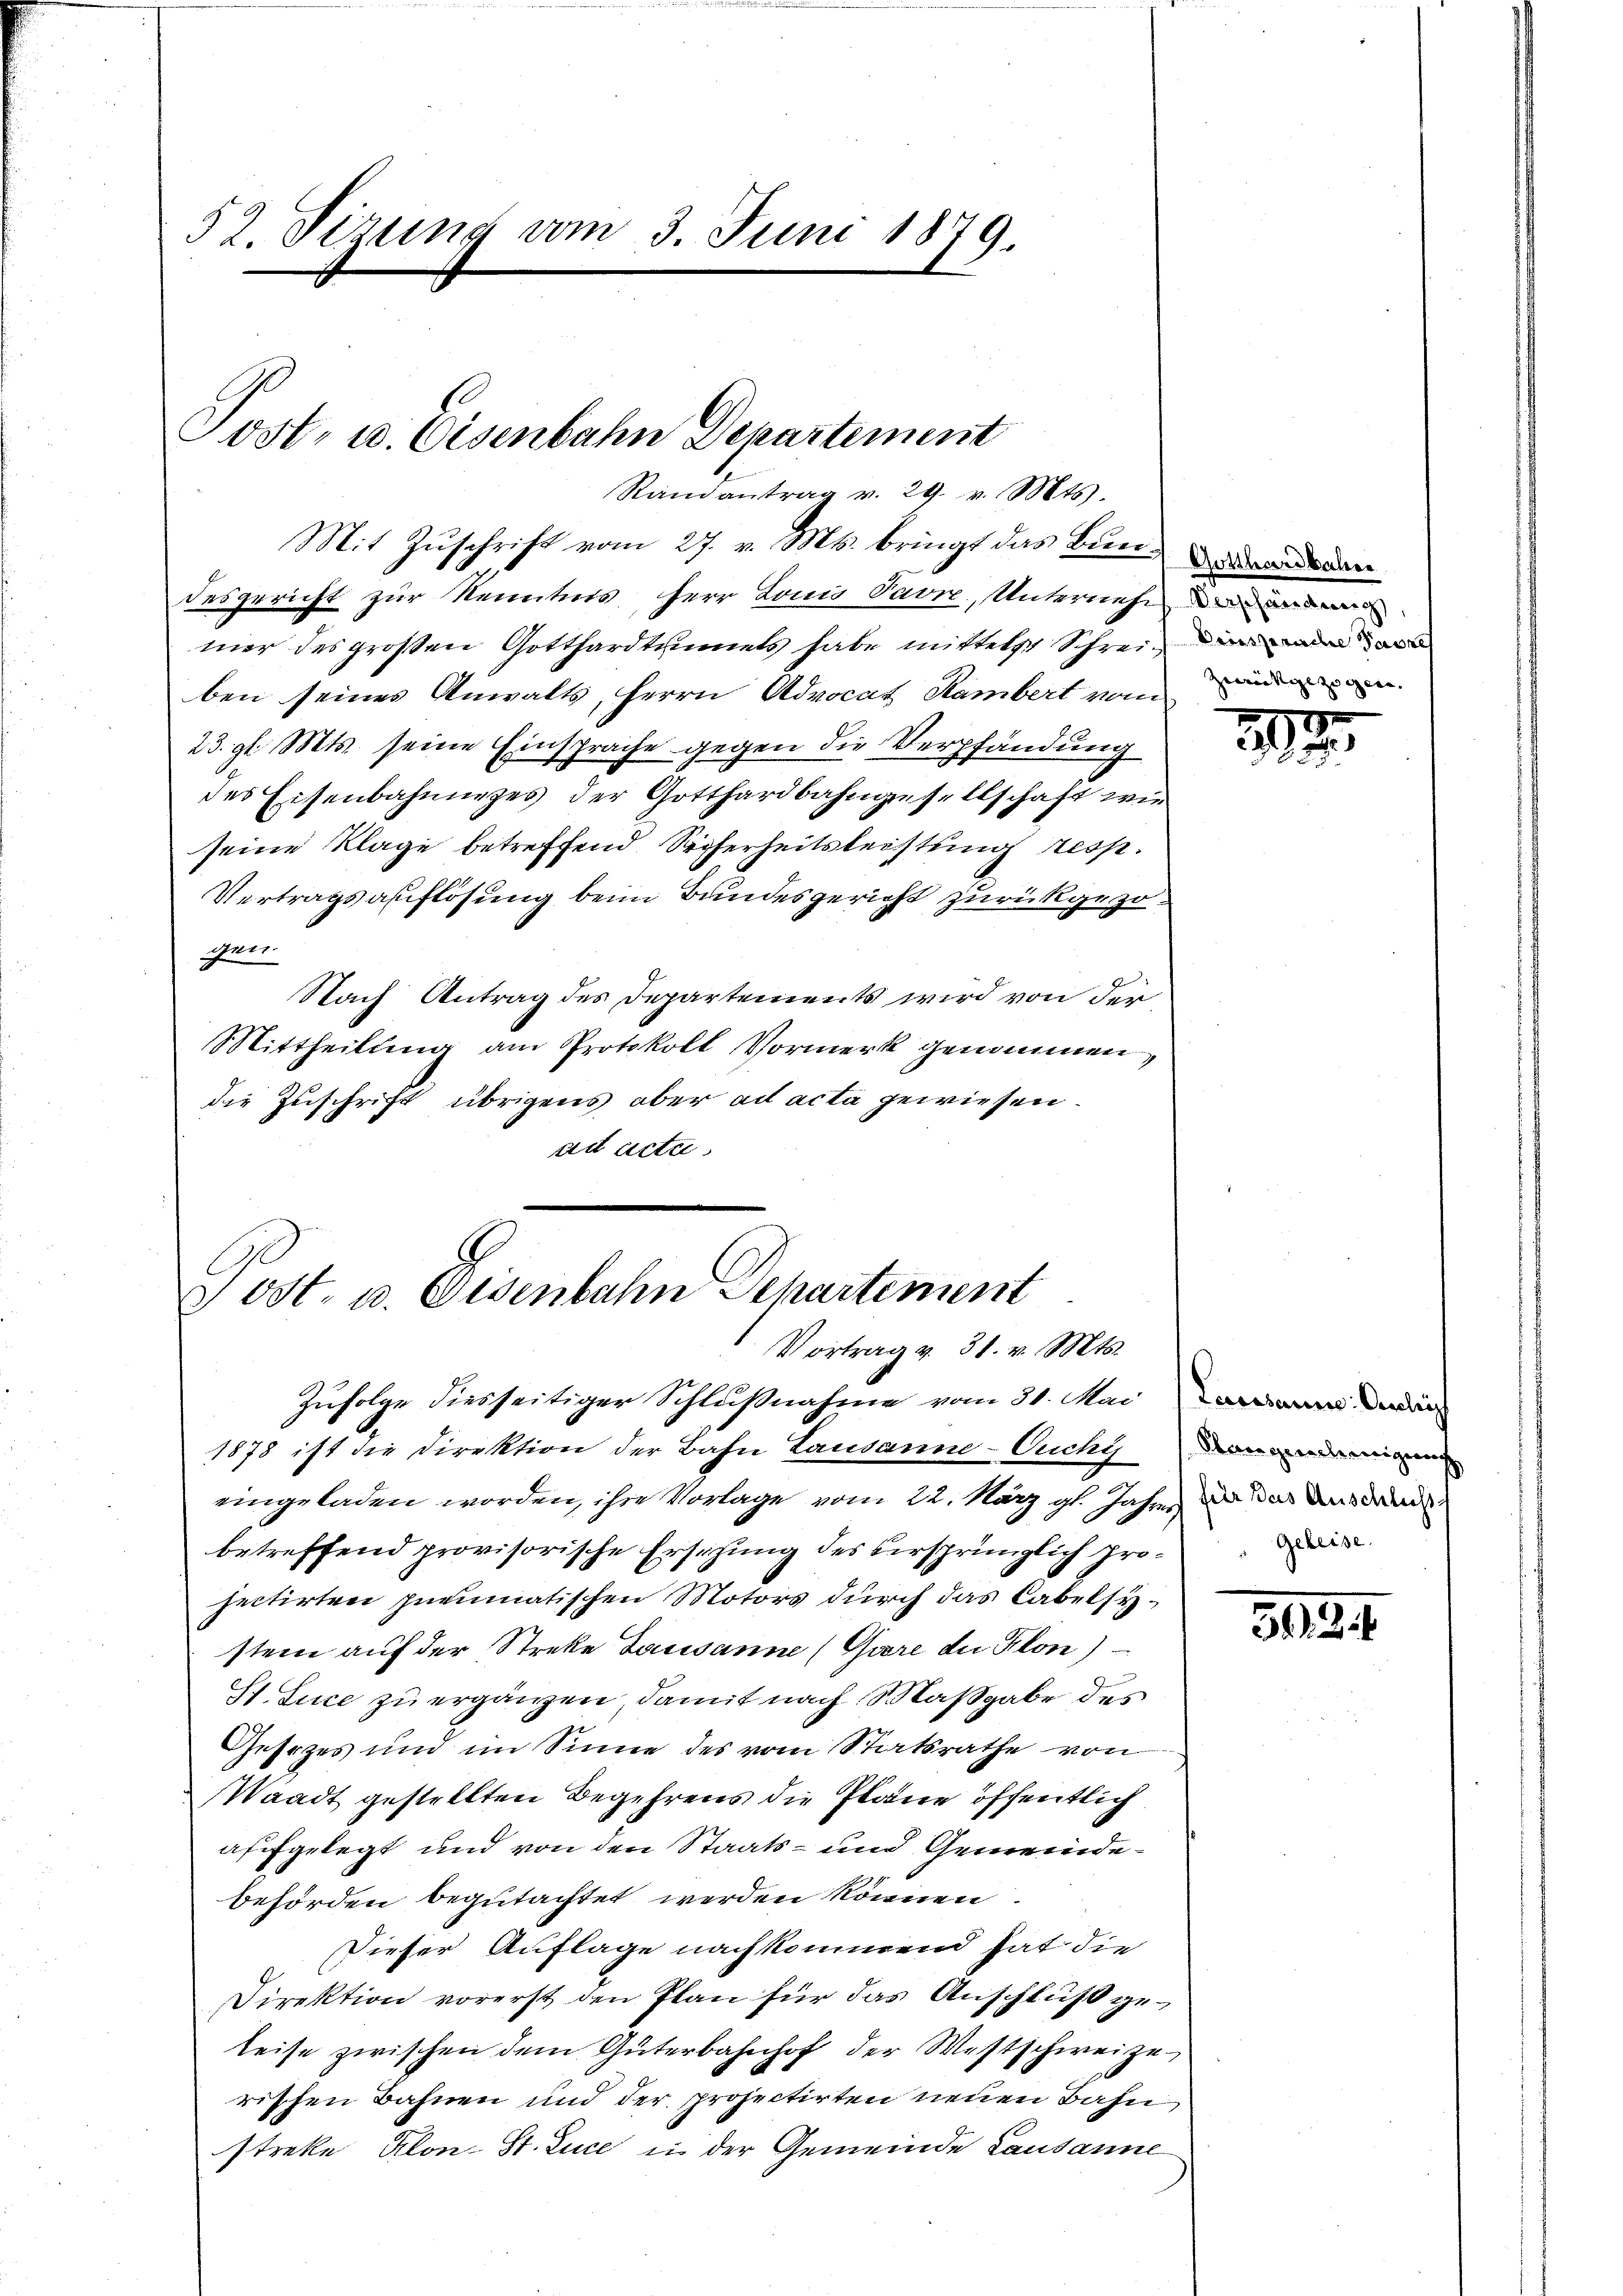
52 Sizung vom 3. Juni 1879.

Post- u. Eisenbahn Departement
Randantrag v. 29. v. Mts.

Mit Zuschrift vom 27. v. Ms. bringt das Bundesgericht zur Kenntnis, Herr Louis Favre, Unternehm den den
mer des großen Gotthardtumes habe mittelst Schrein
ben seines Anwalts, Herrn Advocat Rambert vom
23. gl. Mts. seine Einsprache gegen die Verpfändung
des Eisenbahnunges der Gotthardbahngesellschaft wir
seine Klage betreffend Sicherheitsleistung resp.
Vertragsauflösung beim Bundesgericht zurückgezogen.
Nach Antrag des Departements wird von der
Mittheilung am Protokoll Vormerk genommen,
die Zuschrift übrigens aber ad acta gewiesen.
ad acta

Post- u. Eisenbahn Departement
Vortrag v. 31. v. Mts.
Zufolge diesseitiger Schlußnahme vom 31. Mai an dadur

Gotthardbahren
zumittie zu gen. |

1878 ist die Direktion der Bahn Lausanne-Ouchy dan
eingeladen worden, ihre Vorlage vom 22. März gl. Jahre, da der ande
betreffend provisorische Ersitzung des versprünglich prosectirten pneumatischen Motors durch das Labelsystein auf der Streke Lausanne (Gare der Klon)
St. Luce zu ergänzen, damit nach Maßgabe des
Gesezes und im Sinne des vom Statsrathe von
Waadt gestellten Begehrens die Pläne öffentlich
affgelegt und von den Staats- und Gemeindebehörden begutachtet werden können.
Dieser Auflage nachkommend hat die
Direktion vorerst den Plan für das Anschluß ge¬
Reise zwischen dem Güterbahnhof der Westschweize
rischen Bahnen und der projectirten neuen Bahn
streke Klon-St. Luce in der Gemeinde Lausanne

390
.

"Gebeise.

313.